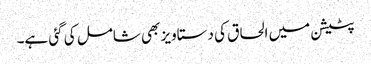
پٹیشن میں الحاق کی دستاویز بھی شامل کی گئی ہے۔